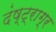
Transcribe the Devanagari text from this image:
दंष्ट्राग्र